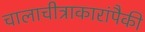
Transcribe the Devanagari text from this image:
चालाचीत्राकारांपैकी